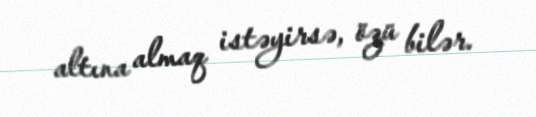
altına almaq istəyirsə, özü bilər.